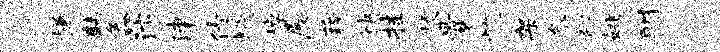
慊韩鑫汴津倩蛾棹展藉袂挂梗曩忱架参翻姚酬